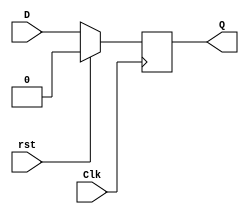
`timescale 1ns / 1ps
//////////////////////////////////////////////////////////////////////////////////
// Company: 
// Engineer: 
// 
// Design Name: 
// Module Name:    ripple_counter_4bit 
// Project Name: 
// Target Devices: 
// Tool versions: 
// Description: 
//
// Dependencies: 
//
// Revision: 
// Revision 0.01 - File Created
// Additional Comments: 
//
//////////////////////////////////////////////////////////////////////////////////
module DFF ( output reg Q, input D, input Clk, input rst);
always @ ( posedge Clk )
if (rst) Q <= 1'b0; // Same as: if (rst == 0)
else Q <= D;

endmodule


module ripple_counter_4bit(count,clear,out);

input clear;
input count;
output [3:0] out;

wire [3:0] w, temp;

assign temp[0] = ~w[0];
assign temp[1] = ~w[1];
assign temp[2] = ~w[2];
assign temp[3] = ~w[3];

DFF d1( w[0], temp[0], (~count), clear);
DFF d2( w[1], temp[1], (~w[0]), clear);
DFF d3( w[2], temp[2], (~w[1]), clear);
DFF d4( w[3], temp[3], (~w[2]), clear);

assign out[0] = w[0];
assign out[1] = w[1];
assign out[2] = w[2];
assign out[3] = w[3];

endmodule